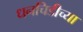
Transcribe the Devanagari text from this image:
धनचिडीच्या